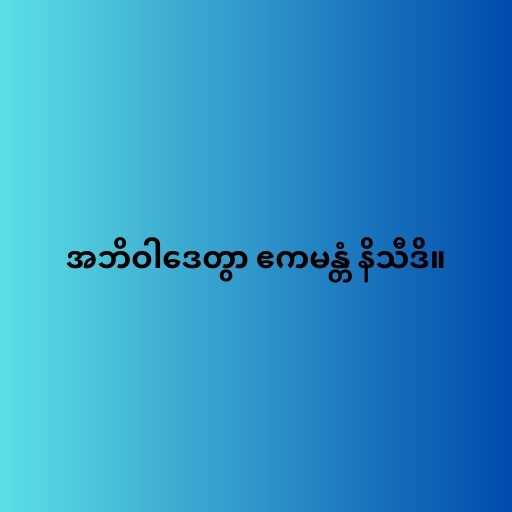
အဘိဝါဒေတွာ ဧကမန္တံ နိသီဒိ။